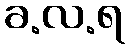
ခ.လ.ရ